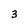
Character: 3